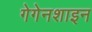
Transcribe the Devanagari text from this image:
गेगेनशाइन